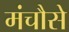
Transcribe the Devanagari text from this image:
मंचौसे